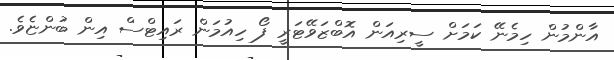
އާންމުން ހިމެނޭ ކަމަށް ސީރިއަން އޮބްޒަވޭޓަރީ ފޯ ހިއުމަން ރައިޓްސް އިން ބުންޏެވެ.